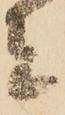
者